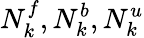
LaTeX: N_{k}^{f},N_{k}^{b},N_{k}^{u}